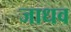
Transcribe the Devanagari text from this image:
जाधव